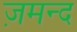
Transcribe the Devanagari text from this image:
ज़मन्द